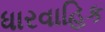
ધારવાહિક